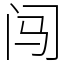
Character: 闯